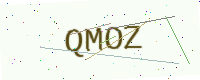
Text: QMOZ